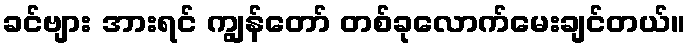
ခင်ဗျား အားရင် ကျွန်တော် တစ်ခုလောက်မေးချင်တယ်။